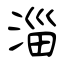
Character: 淄